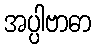
အပ္ပါဗာဓာ